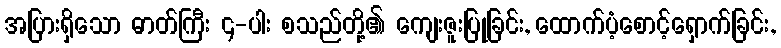
အပြားရှိသော ဓာတ်ကြီး ၄-ပါး စသည်တို့၏ ကျေးဇူးပြုခြင်း, ထောက်ပံ့စောင့်ရှောက်ခြင်း,